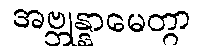
အဗ္ဘုန္နာမေတွာ